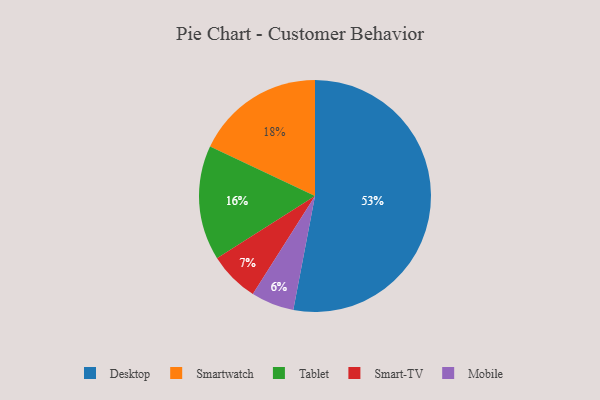
{"axis": {"x": "Category", "y": "Percentage"}, "legend": ["Desktop", "Mobile", "Smart-TV", "Smartwatch", "Tablet"], "data": [{"x": "Smart-TV", "y": 7, "type": "Smart-TV"}, {"x": "Smartwatch", "y": 18, "type": "Smartwatch"}, {"x": "Tablet", "y": 16, "type": "Tablet"}, {"x": "Mobile", "y": 6, "type": "Mobile"}, {"x": "Desktop", "y": 53, "type": "Desktop"}]}